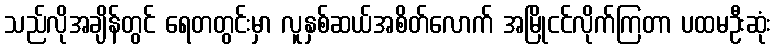
သည်လိုအချိန်တွင် ရေတတွင်းမှာ လူနှစ်ဆယ်အစိတ်လောက် အမြိုငင်လိုက်ကြတာ ပထမဦးဆုံး